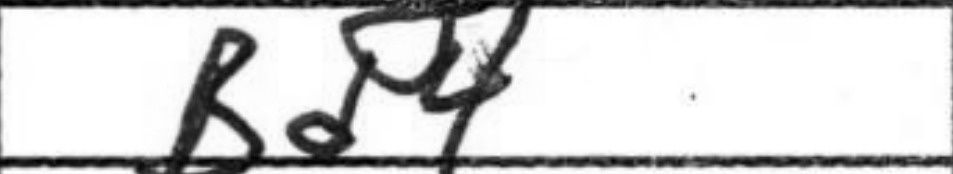
Transcription: Bd4